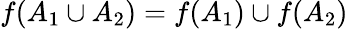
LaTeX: f(A_{1}\cup A_{2})=f(A_{1})\cup f(A_{2})